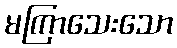
မကြာသေးသော